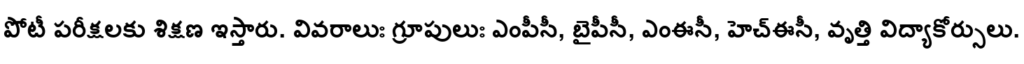
పోటీ పరీక్షలకు శిక్షణ ఇస్తారు. వివరాలుః గ్రూపులుః ఎంపీసీ, బైపీసీ, ఎంఈసీ, హెచ్ఈసీ, వృత్తి విద్యాకోర్సులు.